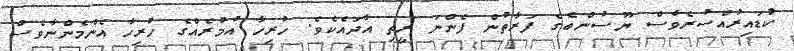
ކުޑައިރުއްސުރެވެސް ޔޫސުންބެގެ ފަރާތުން ފެންނަ ރީތި އާދައެކެވެ. ހުރިހާ އުމުރެއްގެ ހުރިހާ އެންމެންނާވެސް